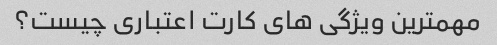
مهمترین ویژگی های کارت اعتباری چیست؟